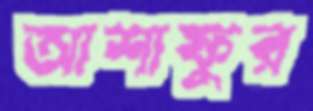
আশাফুর